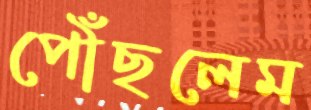
পৌঁছলেম